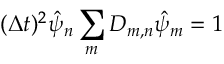
( \Delta t ) ^ { 2 } \hat { \psi } _ { n } \sum _ { m } D _ { m , n } \hat { \psi } _ { m } = 1